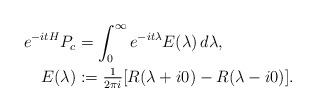
LaTeX: \begin{align*}\begin{aligned}e^{-itH}P_c & =\int_0^\infty e^{-it\lambda}E(\lambda)\,d\lambda,\\E(\lambda)&:= \tfrac{1}{2\pi i}[R(\lambda+i0)-R(\lambda-i0)].\end{aligned}\end{align*}